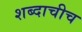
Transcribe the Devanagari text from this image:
शब्दाचीच